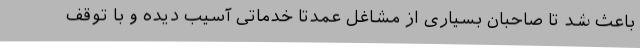
باعث شد تا صاحبان بسیاری از مشاغل عمدتا خدماتی آسیب دیده و با توقف